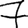
Digit: 7